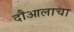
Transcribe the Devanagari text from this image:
दौआलाचा